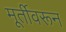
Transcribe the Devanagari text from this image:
मूर्तीवरून